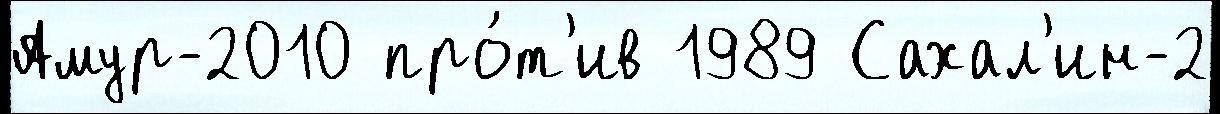
Амур-2010 про́т'ив 1989 Сахал'ин-2